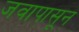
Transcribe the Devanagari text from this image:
जवापासून